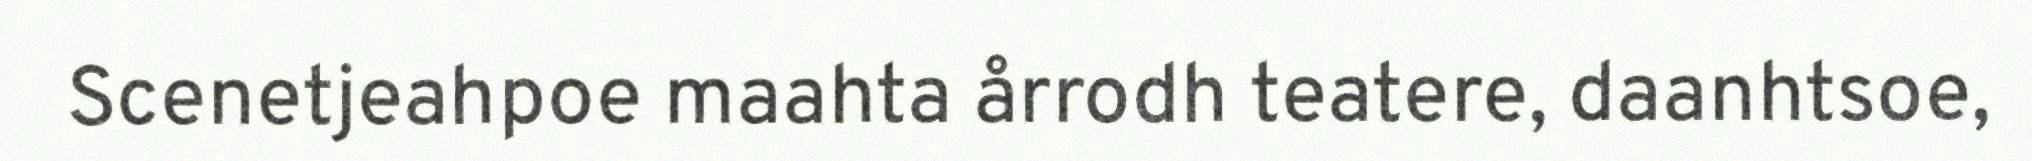
Scenetjeahpoe maahta årrodh teatere, daanhtsoe,